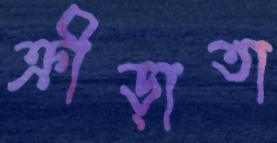
ক্রীড়াতা